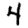
Digit: 4